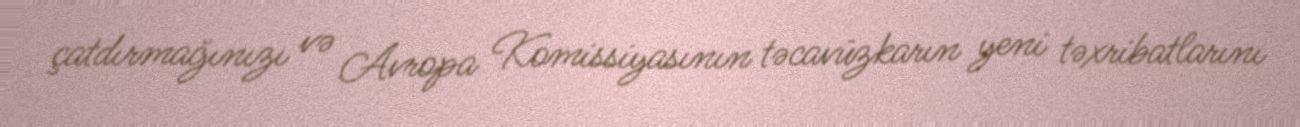
çatdırmağınızı və Avropa Komissiyasının təcavüzkarın yeni təxribatlarını